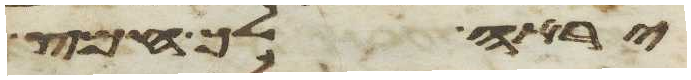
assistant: יראה לך חמץ